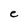
Character: e